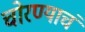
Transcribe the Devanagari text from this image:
चोरण्याचं